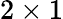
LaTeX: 2\times 1